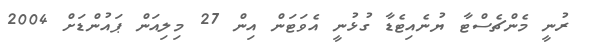
ރުނީ މެންޗެސްޓާ ޔުނެއިޓެޑާ ގުޅުނީ އެވަޓަން އިން 27 މިލިއަން ޕައުންޑަށް 2004